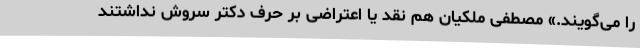
را می‌گویند.» مصطفی ملکیان هم نقد یا اعتراضی بر حرف دکتر سروش نداشتند